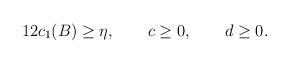
LaTeX: \begin{align*}12c_1(B)\geq \eta,\qquad c\geq 0,\qquad d\geq 0.\end{align*}